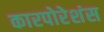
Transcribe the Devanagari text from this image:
कारपोरेशंस